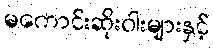
မကောင်းဆိုးဝါးများနှင့်